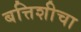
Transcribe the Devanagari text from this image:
बत्तिशीचा